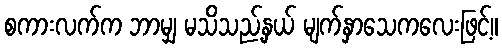
စကားလက်က ဘာမျှ မသိသည့်နှယ် မျက်နှာသေကလေးဖြင့်။